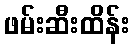
ဖမ်းဆီးထိန်း